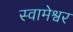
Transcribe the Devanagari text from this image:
स्वामेश्वर